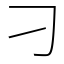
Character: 刁